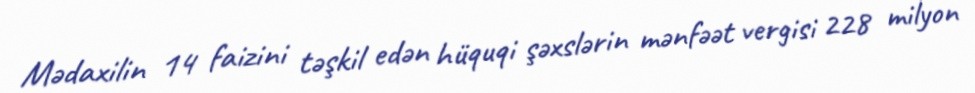
Mədaxilin 14 faizini təşkil edən hüquqi şəxslərin mənfəət vergisi 228 milyon